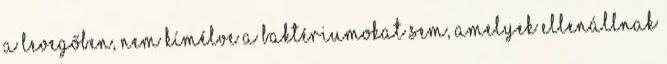
a levegőben, nem kímélve a baktériumokat sem, amelyek ellenállnak